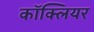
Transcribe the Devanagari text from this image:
काॅक्लियर